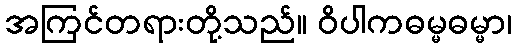
အကြင်တရားတို့သည်။ ဝိပါကဓမ္မဓမ္မာ၊